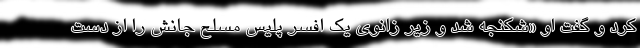
کرد و گفت او «شکنجه شد و زیر زانوی یک افسر پلیس مسلح جانش را از دست